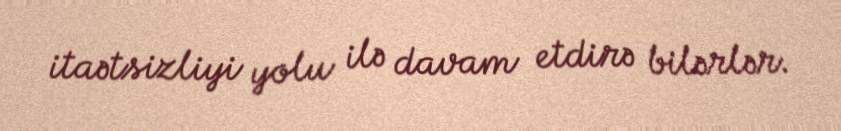
itaətsizliyi yolu ilə davam etdirə bilərlər.